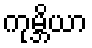
ကုမ္ဘိယာ